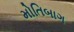
મોતિબાગ